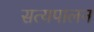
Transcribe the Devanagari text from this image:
सत्यपालन